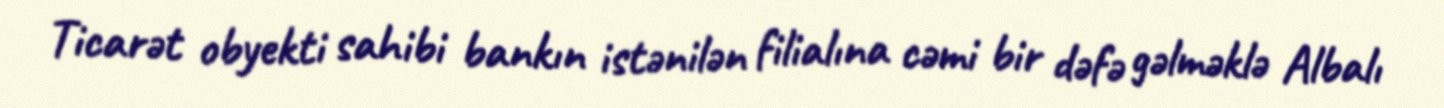
Ticarət obyekti sahibi bankın istənilən filialına cəmi bir dəfə gəlməklə Albalı